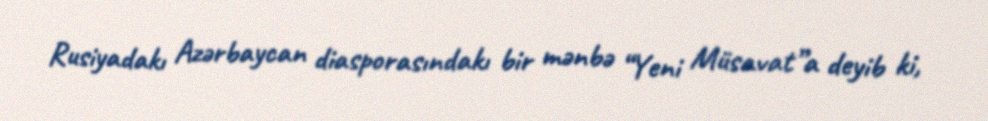
Rusiyadakı Azərbaycan diasporasındakı bir mənbə “Yeni Müsavat”a deyib ki,